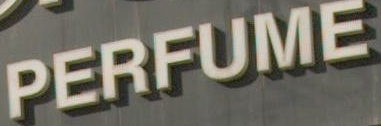
PERFUME